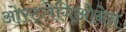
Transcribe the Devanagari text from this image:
ओस्ट्लेगिओनेन